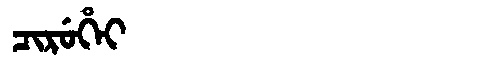
Manchu: ᠴᡳᡵᡠᡥᡝᡳ
Romanization: CIRUHEI